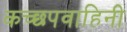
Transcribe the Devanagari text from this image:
कच्छपवाहिनी